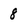
Character: 8